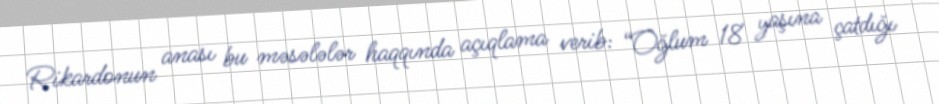
Rikardonun anası bu məsələlər haqqında açıqlama verib: “Oğlum 18 yaşına çatdığı